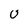
Character: U